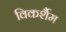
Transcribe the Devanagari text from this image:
विकर्शैम